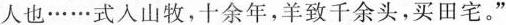
人也\cdots \cdots 式入山牧，十余年，羊致千余头，买田宅。”